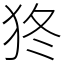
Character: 㹣